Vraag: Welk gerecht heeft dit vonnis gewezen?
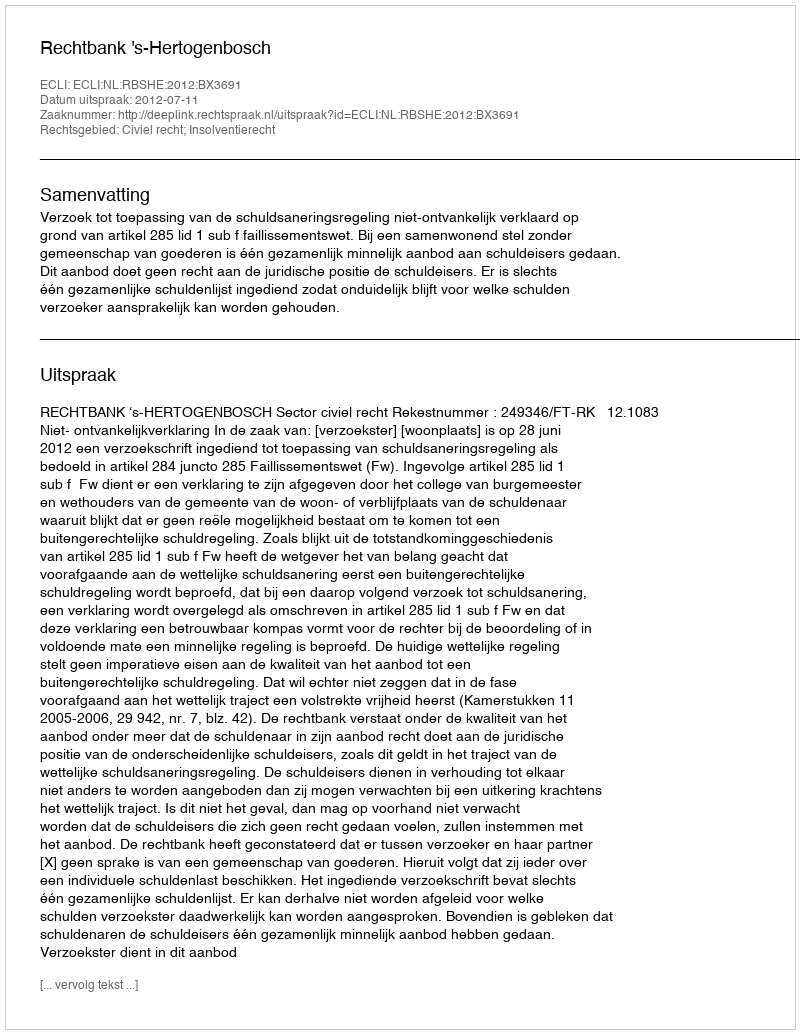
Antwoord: Rechtbank 's-Hertogenbosch